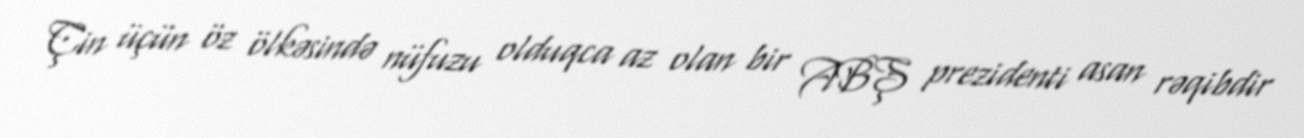
Çin üçün öz ölkəsində nüfuzu olduqca az olan bir ABŞ prezidenti asan rəqibdir